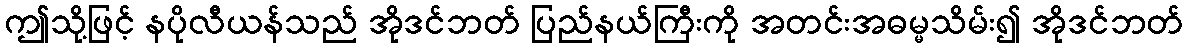
ဤသို့ဖြင့် နပိုလီယန်သည် အိုဒင်ဘတ် ပြည်နယ်ကြီးကို အတင်းအဓမ္မသိမ်း၍ အိုဒင်ဘတ်